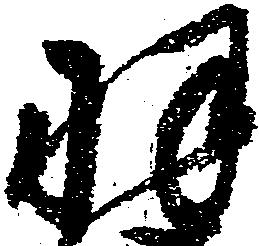
羽